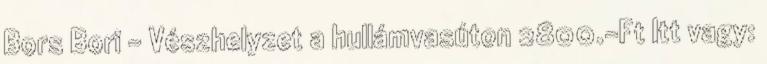
Bors Bori - Vészhelyzet a hullámvasúton 2800.-Ft Itt vagy: